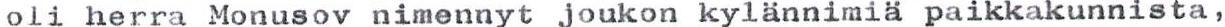
oli herra Monusov nimennyt joukon kylännimiä paikkakunnista,